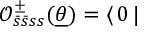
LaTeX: \mathcal { O } _ { \bar { s } \bar { s } s s } ^ { \pm } ( \underline { { { \theta } } } ) = \langle \, 0 \, | \,